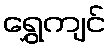
ရွှေကျင်